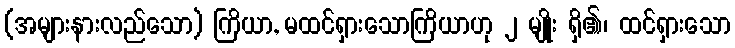
(အများနားလည်သော) ကြိယာ, မထင်ရှားသောကြိယာဟု ၂ မျိုး ရှိ၏၊ ထင်ရှားသော